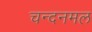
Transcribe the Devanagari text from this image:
चन्दनमल